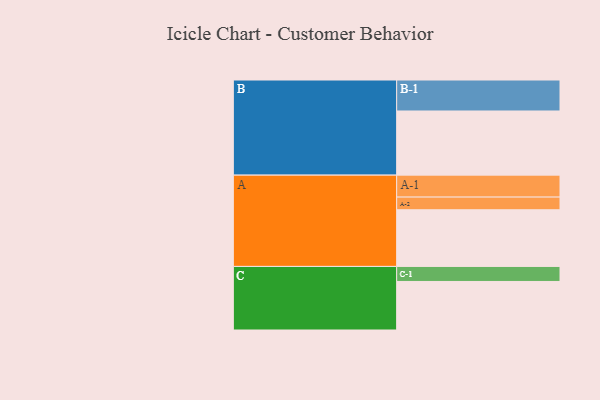
{"axis": {"x": "Segment", "y": "Value"}, "legend": ["", "A", "B", "C"], "data": [{"x": "A", "y": 501, "type": ""}, {"x": "B", "y": 567, "type": ""}, {"x": "C", "y": 429, "type": ""}, {"x": "A-1", "y": 194, "type": "A"}, {"x": "A-2", "y": 112, "type": "A"}, {"x": "B-1", "y": 274, "type": "B"}, {"x": "C-1", "y": 133, "type": "C"}]}